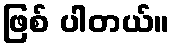
ဖြစ် ပါတယ်။